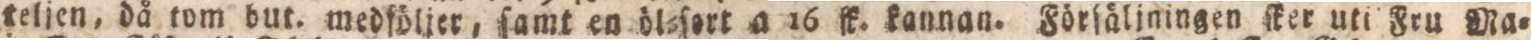
teljen, då tom but. medföljer, ſamt en öl=fort a 16 ſk. kannan. Förfäljningen fker uti Fru Ma=